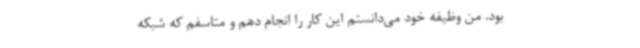
بود. من وظیفه خود می‌دانستم این کار را انجام دهم و متاسفم که شبکه